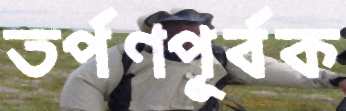
তর্পণপূর্বক